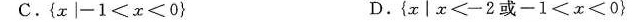
C.$${ x | - 1 ≤ x ≤ 0 }$$ D.$${ x │ χ ≤ -2或 -1 ≤ x ≤ 0 }$$